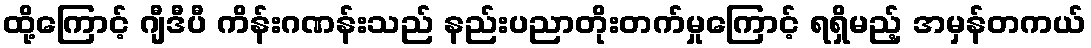
ထို့ကြောင့် ဂျီဒီပီ ကိန်းဂဏန်းသည် နည်းပညာတိုးတက်မှုကြောင့် ရရှိမည့် အမှန်တကယ်